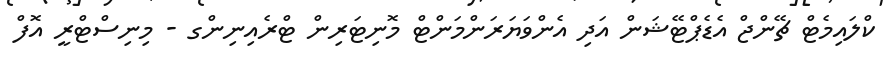
ކްލައިމެޓް ޗޭންޖް އެޑެޕްޓޭޝަން އަދި އެންވަޔަރަންމަންޓް މޮނިޓަރިން ޓްރެއިނިންގ - މިނިސްޓްރީ އޮފް